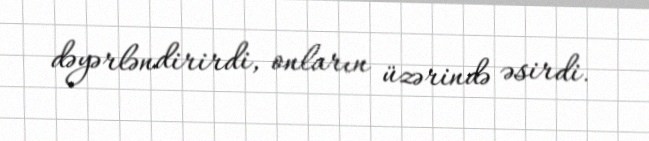
dəyərləndirirdi, onların üzərində əsirdi.